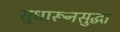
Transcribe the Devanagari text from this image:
सुधारूनसुद्धा